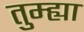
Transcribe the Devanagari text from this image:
तुम्ह्या